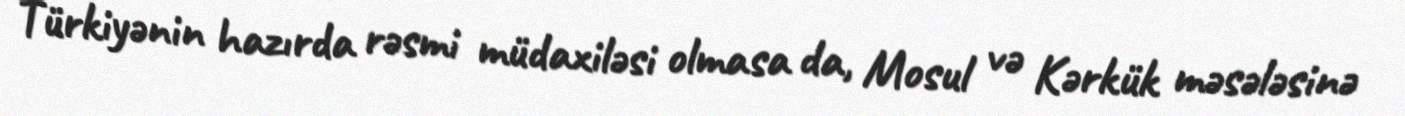
Türkiyənin hazırda rəsmi müdaxiləsi olmasa da, Mosul və Kərkük məsələsinə